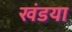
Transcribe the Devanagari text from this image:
खंडया